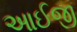
આઈજી